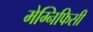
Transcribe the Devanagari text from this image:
मेग्निफिसी